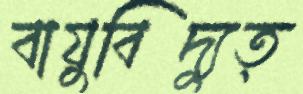
বায়ুবিদ্যুত্